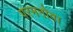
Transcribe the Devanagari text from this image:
परमनोवा